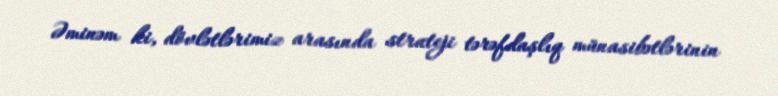
Əminəm ki, dövlətlərimiz arasında strateji tərəfdaşlıq münasibətlərinin